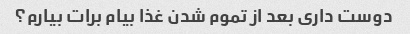
دوست داری بعد از تموم شدن غذا بیام برات بیارم؟